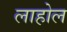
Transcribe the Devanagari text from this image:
लाहोल